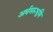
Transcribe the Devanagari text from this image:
अर्धमरूभूमि